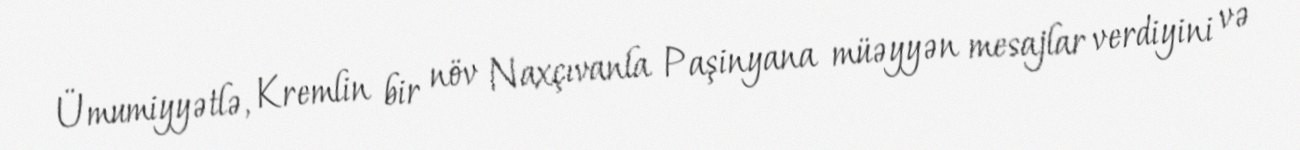
Ümumiyyətlə, Kremlin bir növ Naxçıvanla Paşinyana müəyyən mesajlar verdiyini və